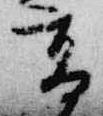
高